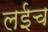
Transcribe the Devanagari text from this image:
लईच